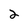
Character: 2